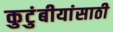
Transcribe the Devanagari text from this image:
कुटुंबीयांसाठी